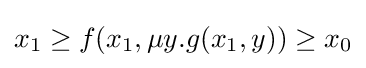
x_{1}\geq f(x_{1},\mu y.g(x_{1},y))\geq x_{0}